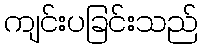
ကျင်းပခြင်းသည်